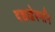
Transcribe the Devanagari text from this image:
दद्याद्वेश्मनि